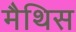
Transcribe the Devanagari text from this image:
मैथिस